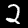
Label: 2